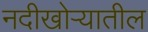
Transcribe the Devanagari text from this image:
नदीखोऱ्यातील